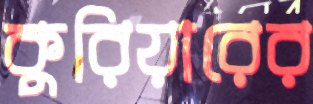
কুরিয়ারের